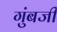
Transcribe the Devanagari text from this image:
गुंबजी